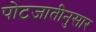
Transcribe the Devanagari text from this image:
पोटजातीनुसार